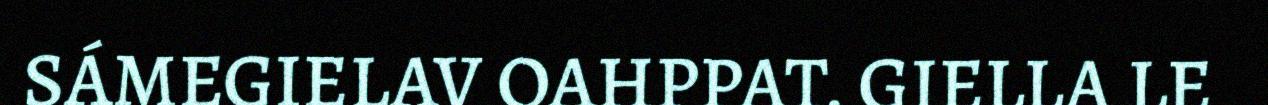
SÁMEGIELAV OAHPPAT. GIELLA LE